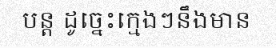
បន្ត ដូច្នេះក្មេងៗនឹងមាន